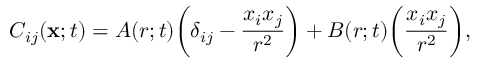
C _ { i j } ( { \bf x } ; t ) = A ( r ; t ) \bigg ( \delta _ { i j } - \frac { x _ { i } x _ { j } } { r ^ { 2 } } \bigg ) + B ( r ; t ) \biggl ( \frac { x _ { i } x _ { j } } { r ^ { 2 } } \biggr ) ,